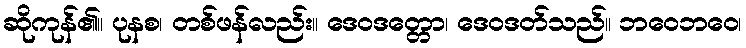
ဆိုကုန်၏။ ပုနစ၊ တစ်ဖန်လည်း။ ဒေဝဒတ္တော၊ ဒေဝဒတ်သည်။ ဘဝေဘဝေ၊